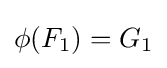
\phi (F_{1})=G_{1}